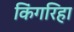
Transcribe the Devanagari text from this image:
किंगरिहा